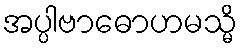
အပ္ပါဗာဓောဟမသ္မိ